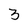
Character: 3